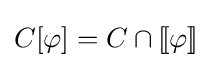
C[\varphi ]=C\cap [\![\varphi ]\!]